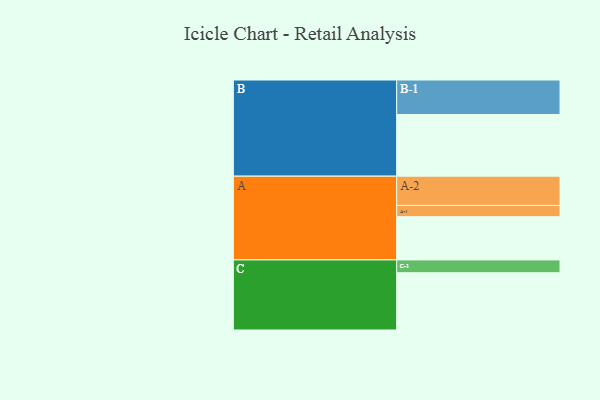
{"axis": {"x": "Segment", "y": "Value"}, "legend": ["", "A", "B", "C"], "data": [{"x": "A", "y": 323, "type": ""}, {"x": "B", "y": 461, "type": ""}, {"x": "C", "y": 428, "type": ""}, {"x": "A-1", "y": 84, "type": "A"}, {"x": "A-2", "y": 219, "type": "A"}, {"x": "B-1", "y": 258, "type": "B"}, {"x": "C-1", "y": 96, "type": "C"}]}